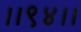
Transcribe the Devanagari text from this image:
।।९४।।